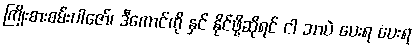
ကြိုးစားစမ်းပါဇော်၊ ဒီကောင်ကို နှင် နိုင်ဖို့ဆိုရင် ငါ ဘာပဲ ပေးရ ပေးရ